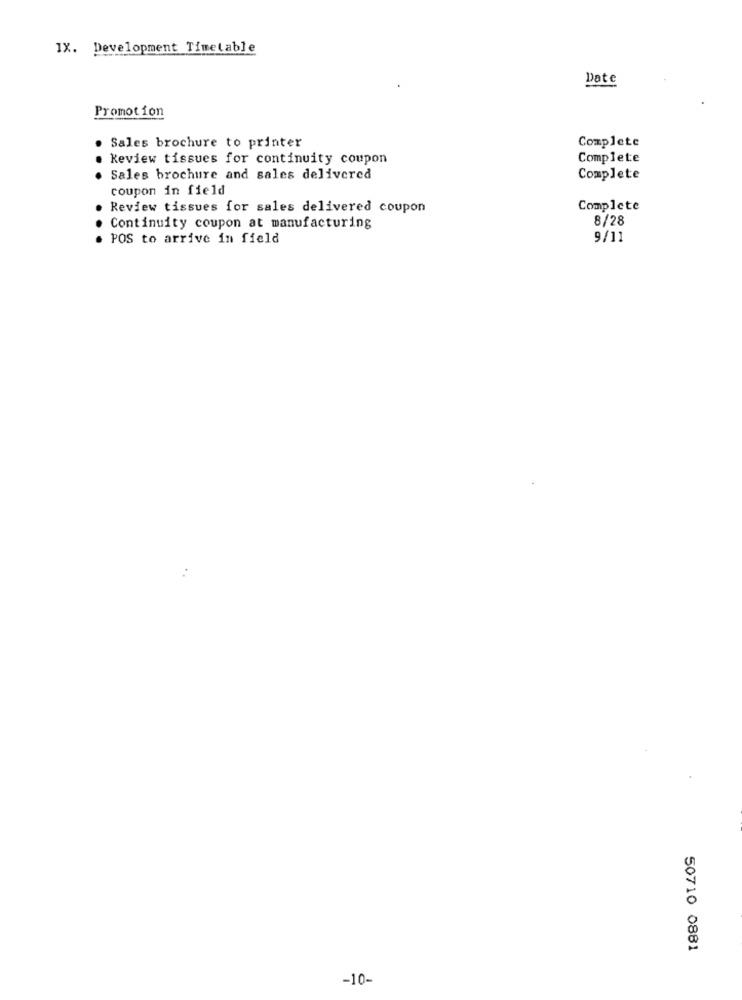
IX. Development Timetable
Date
Promotion
Complete
Sales brochure to printer
keview tissues for continuity coupon
Complete
Sales brochure and sales delivered
Complete
coupon in field
Review tissues for sales delivered coupon
Complete
8/28
Continuity coupon at manufacturing
. POS to arrive in field
9/11
50710 0881
-10-